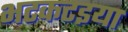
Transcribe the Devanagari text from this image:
भटकटइया